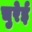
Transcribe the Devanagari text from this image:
चुरेई